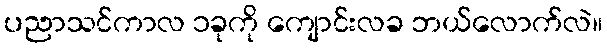
ပညာသင်ကာလ ၁ခုကို ကျောင်းလခ ဘယ်လောက်လဲ။